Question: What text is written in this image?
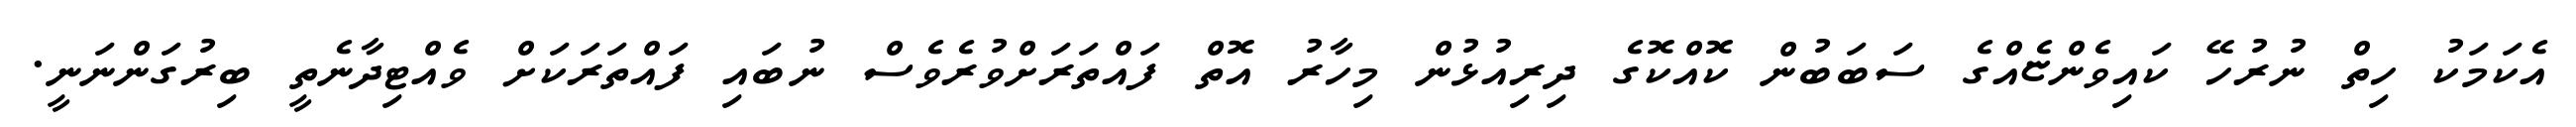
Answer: އެކަމަކު ހިތް ނުރުހޭ ކައިވެންޏެއްގެ ސަބަބުން ކޮއްކޮގެ ދިރިއުޅުން މިހާރު އޮތް ފައްތަރަށްވުރެވެސް ނުބައި ފައްތަރަކަށް ވެއްޓިދާނެތީ ބިރުގަންނަނީ.